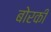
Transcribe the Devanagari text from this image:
बोरकी